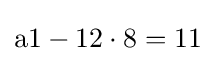
{\text{a1}}-12\cdot 8=11